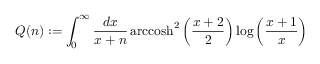
Q ( n ) : = \int _ { 0 } ^ { \infty } \frac { d x } { x + n } \, \mathrm { a r c c o s h } ^ { 2 } \left( \frac { x + 2 } { 2 } \right) \log \left( \frac { x + 1 } { x } \right)